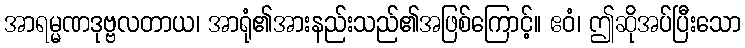
အာရမ္မဏဒုဗ္ဗလတာယ၊ အာရုံ၏အားနည်းသည်၏အဖြစ်ကြောင့်။ ဧဝံ၊ ဤဆိုအပ်ပြီးသော